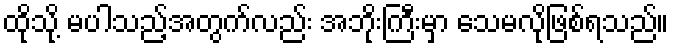
ထိုသို့ မပါသည့်အတွက်လည်း အဘိုးကြီးမှာ သေမလိုဖြစ်ရသည်။